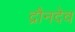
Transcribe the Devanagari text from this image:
द्रौनदेव